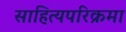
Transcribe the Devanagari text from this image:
साहित्यपरिक्रमा